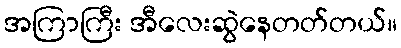
အကြာကြီး အီလေးဆွဲနေတတ်တယ်။